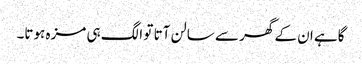
گاہے ان کے گھر سے سالن آتا تو الگ ہی مزہ ہوتا۔